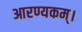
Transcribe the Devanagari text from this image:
आरण्यकम्।